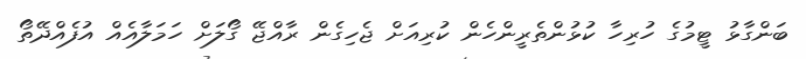
ބަންގާޅު ޓީމުގެ ހުރިހާ ކުޅުންތެރީންހެން ކުރިއަށް ޖެހިގެން ރާއްޖޭ ގޯލަށް ހަމަލާއެއް އުފެއްދޭތޯ